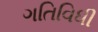
ગતિવિધી